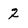
Character: 2